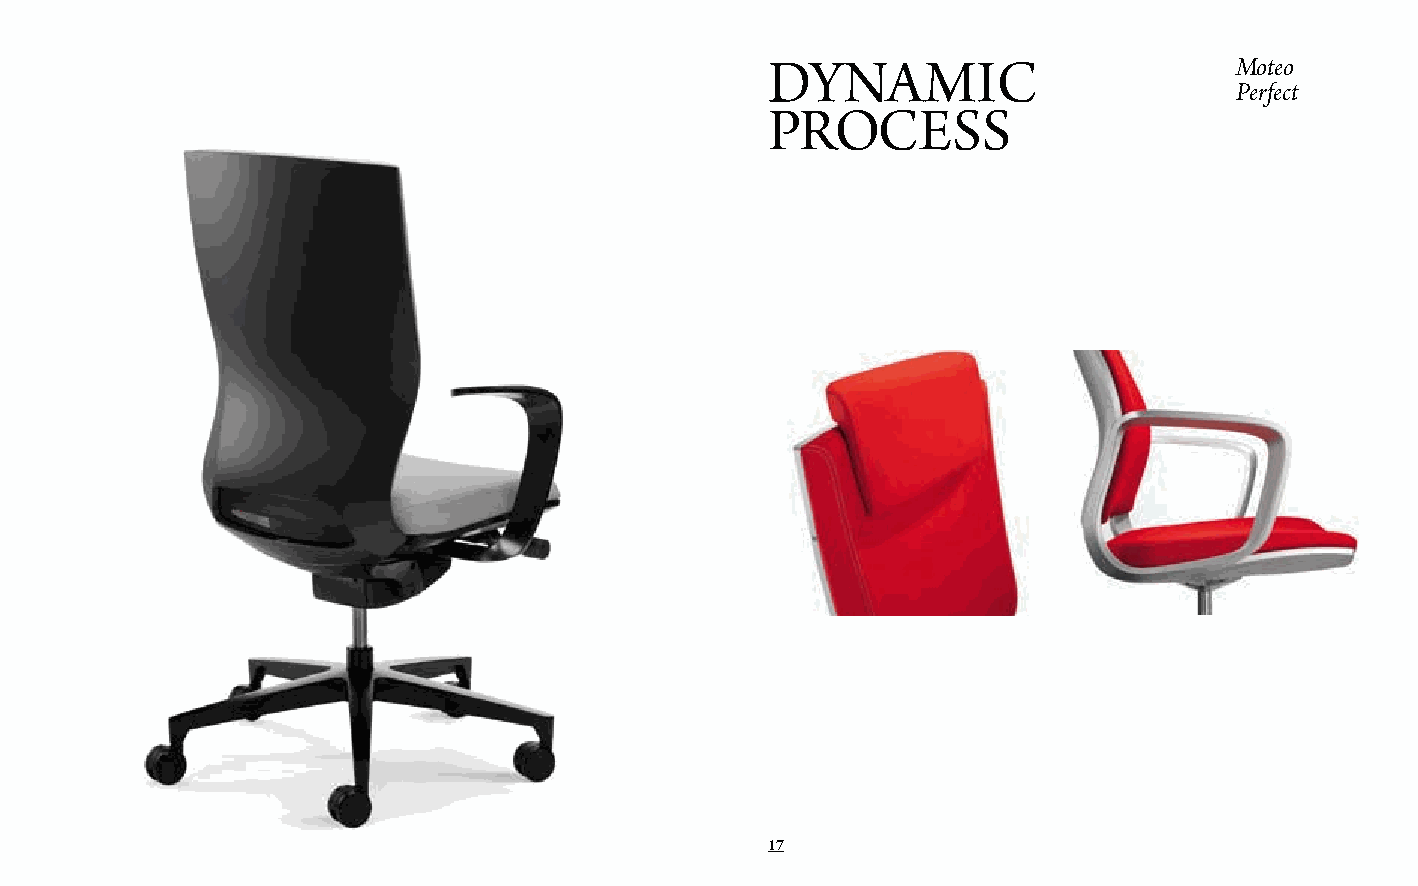
DynaMiC                        Moteo
 Perfect
 ProCess
 17